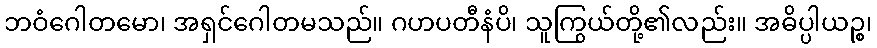
ဘဝံဂေါတမော၊ အရှင်ဂေါတမသည်။ ဂဟပတီနံပိ၊ သူကြွယ်တို့၏လည်း။ အဓိပ္ပါယဉ္စ၊